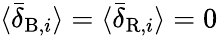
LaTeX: \langle\bar{\delta}_{\mathrm{B},i}\rangle=\langle\bar{\delta}_{\mathrm{R},i}\rangle=0